Vaccination United Provinces of Agra and Oudh 1902-1913 - 1902-1913
Year: 1902
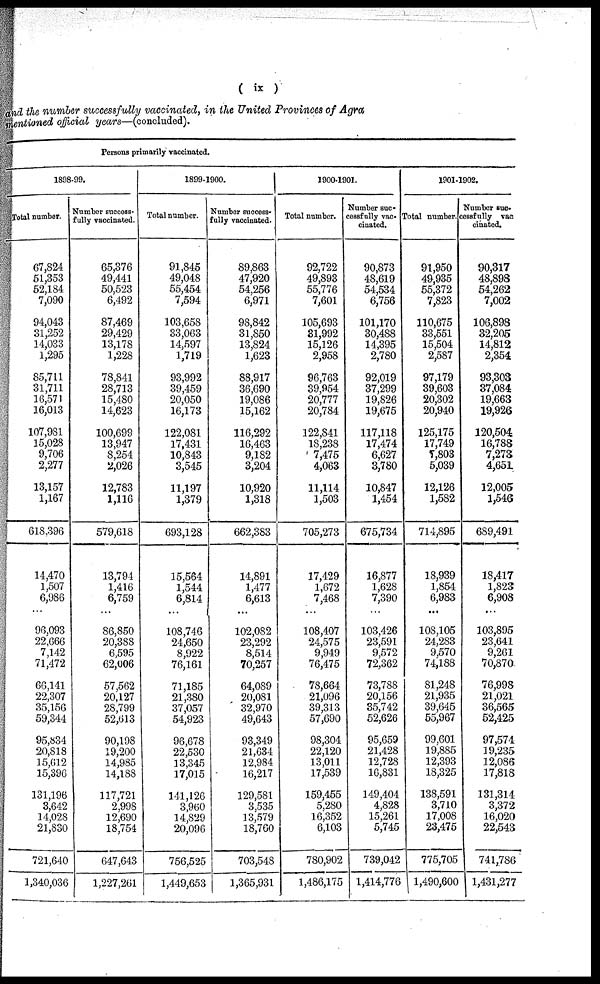
( ix )
and the number successfully vaccinated, in the United Provinces of Agra
mentioned official years—(concluded).
Persons primarily vaccinated.
1898-99.
Total number.
67,824
51,353
52,184
7,090
94,043
31,252
14,033
1,295
85,711
31,711
16,571
16,013
107,981
15,028
9,706
2,277
13,157
1,167
618,396
14,470
1,507
6,986
...
96,093
22,666
7,142
71,472
66,141
22,307
35,156
59,344
95,834
20,818
15,612
15,396
131,196
3,642
14,028
21,830
721,640
1,340,036
Number success-
fully vaccinated.
65,376
49,441
50,523
6,492
87,469
29,429
13,178
1,228
78,841
28,713
15,480
14,623
100,699
13,947
8,254
2,026
12,783
1,116
579,618
13,794
1,416
6,759
...
86,850
20,388
6,595
62,006
57,562
20,127
28,799
52,613
90,198
19,200
14,985
14,188
117,721
2,998
12,690
18,754
647,643
1,227,261
1899-1900.
Total number.
91,845
49,048
55,454
7,594
103,658
33,063
14,597
1,719
93,992
39,459
20,050
16,173
122,081
17,431
10,843
3,545
11,197
1,379
693,128
15,564
1,544
6,814
...
108,746
24,650
8,922
76,161
71,185
21,380
37,057
54,923
96,678
22,530
13,345
17,015
141,126
3,960
14,829
20,096
756,525
1,449,653
Number success¬
fully vaccinated.
89,863
47,920
54,256
6,971
98,842
31,850
13,824
1,623
88,917
36,690
19,086
15,162
116,292
16,463
9,182
3,204
10,920
1,318
662,383
14,891
1,477
6,613
...
102,082
23,292
8,514
70,257
64,089
20,081
32,970
49,643
93,349
21,634
12,984
16,217
129,581
3,535
13,579
18,760
703,548
1,365,931
1900-1901.
Total number.
92,722
49,893
55,776
7,601
105,693
31,992
15,126
2,958
96,763
39,954
20,777
20,784
122,841
18,238
7,475
4,063
11,114
1,503
705,273
17,429
1,672
7,468
...
108,407
24,575
9,949
76,475
78,664
21,096
39,313
57,690
98,304
22,120
13,011
17,539
159,455
5,280
16,352
6,103
780,902
1,486,175
Number suc-
cessfully vac-
cinated.
90,873
48,619
54,534
6,756
101,170
30,488
14,395
2,780
92,019
37,299
19,826
19,675
117,118
17,474
6,627
3,780
10,847
1,454
675,734
16,877
1,628
7,390
...
103,426
23,591
9,572
72,362
73,788
20,156
35,742
52,626
95,659
21,428
12,728
16,831
149,404
4,828
15,261
5,745
739,042
1,414,776
1901-1902.
Total number.
91,950
49,935
55,372
7,823
110,675
33,551
15,504
2,587
97,179
39,603
20,302
20,940
125,175
17,749
7,803
5,039
12,126
1,582
714,895
18,939
1,854
6,983
...
108,105
24,283
9,570
74,188
81,248
21,935
39,645
55,967
99,601
19,885
12,393
18,325
138,591
3,710
17,008
23,475
775,705
1,490,600
Number suc-
cessfully vac
cinated.
90,317
48,898
54,262
7,002
106,898
32,205
14,812
2,354
93,303
37,084
19,663
19,926
120,504
16,788
7,273
4,651
12,005
1,546
689,491
18,417
1,823
6,908
...
103,895
23,641
9,261
70,870
76,998
21,021
36,565
52,425
97,574
19,235
12,086
17,818
131,314
3,372
16,020
22,543
741,786
1,431,277